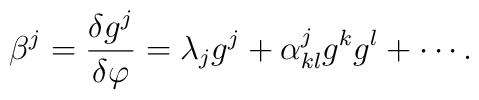
{\beta^j}={{\delta{g^j}}\over{\delta\varphi}}={\lambda_j}{g^j}+{\alpha^j_{kl}}{g^k}{g^l}+\cdots.